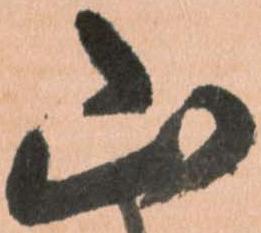
山